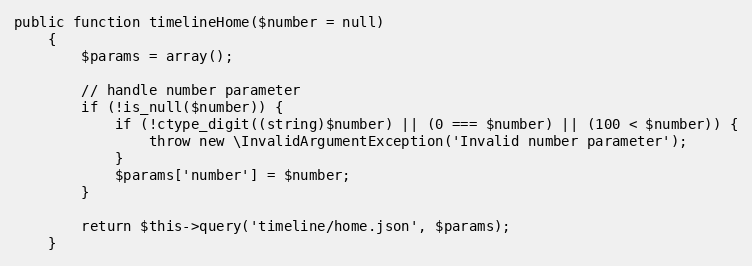
Language: PHP
public function timelineHome($number = null)
    {
        $params = array();

        // handle number parameter
        if (!is_null($number)) {
            if (!ctype_digit((string)$number) || (0 === $number) || (100 < $number)) {
                throw new \InvalidArgumentException('Invalid number parameter');
            }
            $params['number'] = $number;
        }

        return $this->query('timeline/home.json', $params);
    }